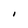
Character: I